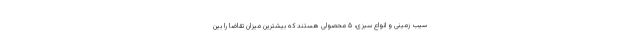
سیب زمینی و انواع سبزی، ۵ محصولی هستند که بیشترین میزان تقاضا را بین